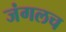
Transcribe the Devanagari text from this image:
जंगलच